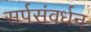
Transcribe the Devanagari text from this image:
सर्पसंवर्धन